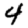
Digit: 4